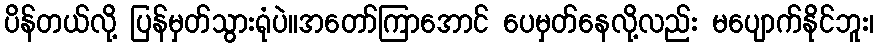
ပိန်တယ်လို့ ပြန်မှတ်သွားရုံပဲ။အတော်ကြာအောင် ပေမှတ်နေလို့လည်း မပျောက်နိုင်ဘူး၊